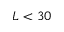
L < 3 0